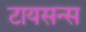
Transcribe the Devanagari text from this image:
टायसन्स